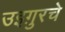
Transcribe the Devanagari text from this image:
उइग़ुरचे